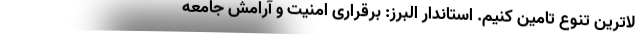
لاترین تنوع تامین کنیم. استاندار البرز: برقراری امنیت و آرامش جامعه